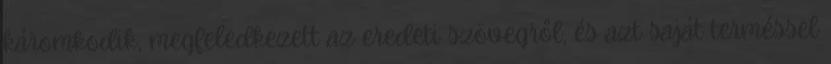
káromkodik, megfeledkezett az eredeti szövegről, és azt saját terméssel